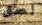
لصق